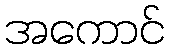
အကောင်